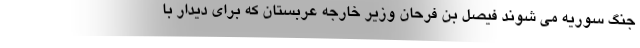
جنگ سوریه می شوند فیصل بن فرحان وزیر خارجه عربستان که برای دیدار با